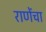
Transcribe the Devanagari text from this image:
राणेंचा